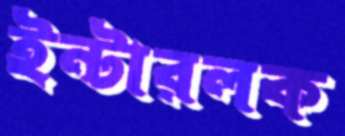
ইন্টারলক